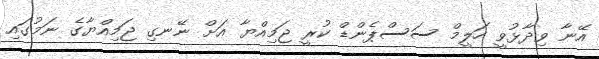
އޭނާ ވިދާޅުވީ ހަލީމް ސަސްޕެންޑް ކުރީ ޖަމިއްޔާ އަށް ނޭނގި ޖަމިއްޔާގެ ނަމުގައި